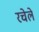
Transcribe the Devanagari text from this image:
रचेले